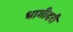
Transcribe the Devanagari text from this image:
भागीदरी